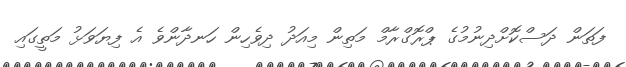
ފަތަން ދަސްކޮށްދިނުމުގެ ޕްރޮގްރާމް މަތިން މިއަދު ދިވެހިން ހަނދާންވެ އެ ފިޔަވަޅު މަތީގައި